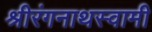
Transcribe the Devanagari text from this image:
श्रीरंगनाथस्वामी